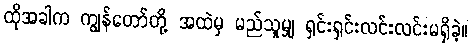
ထိုအခါက ကျွန်တော်တို့ အထဲမှ မည်သူမျှ ရှင်းရှင်းလင်းလင်းမရှိခဲ့။